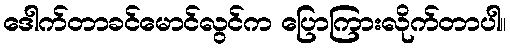
ဒေါက်တာခင်မောင်လွင်က ပြောကြားလိုက်တာပါ။